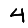
Digit: 4